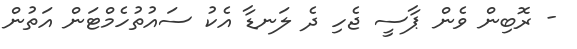
- ރޮބިން ވެން ޕާސީ ޖެހި ދެ ލަނޑާ އެކު ސައުތުހެމްޓަން އަތުން